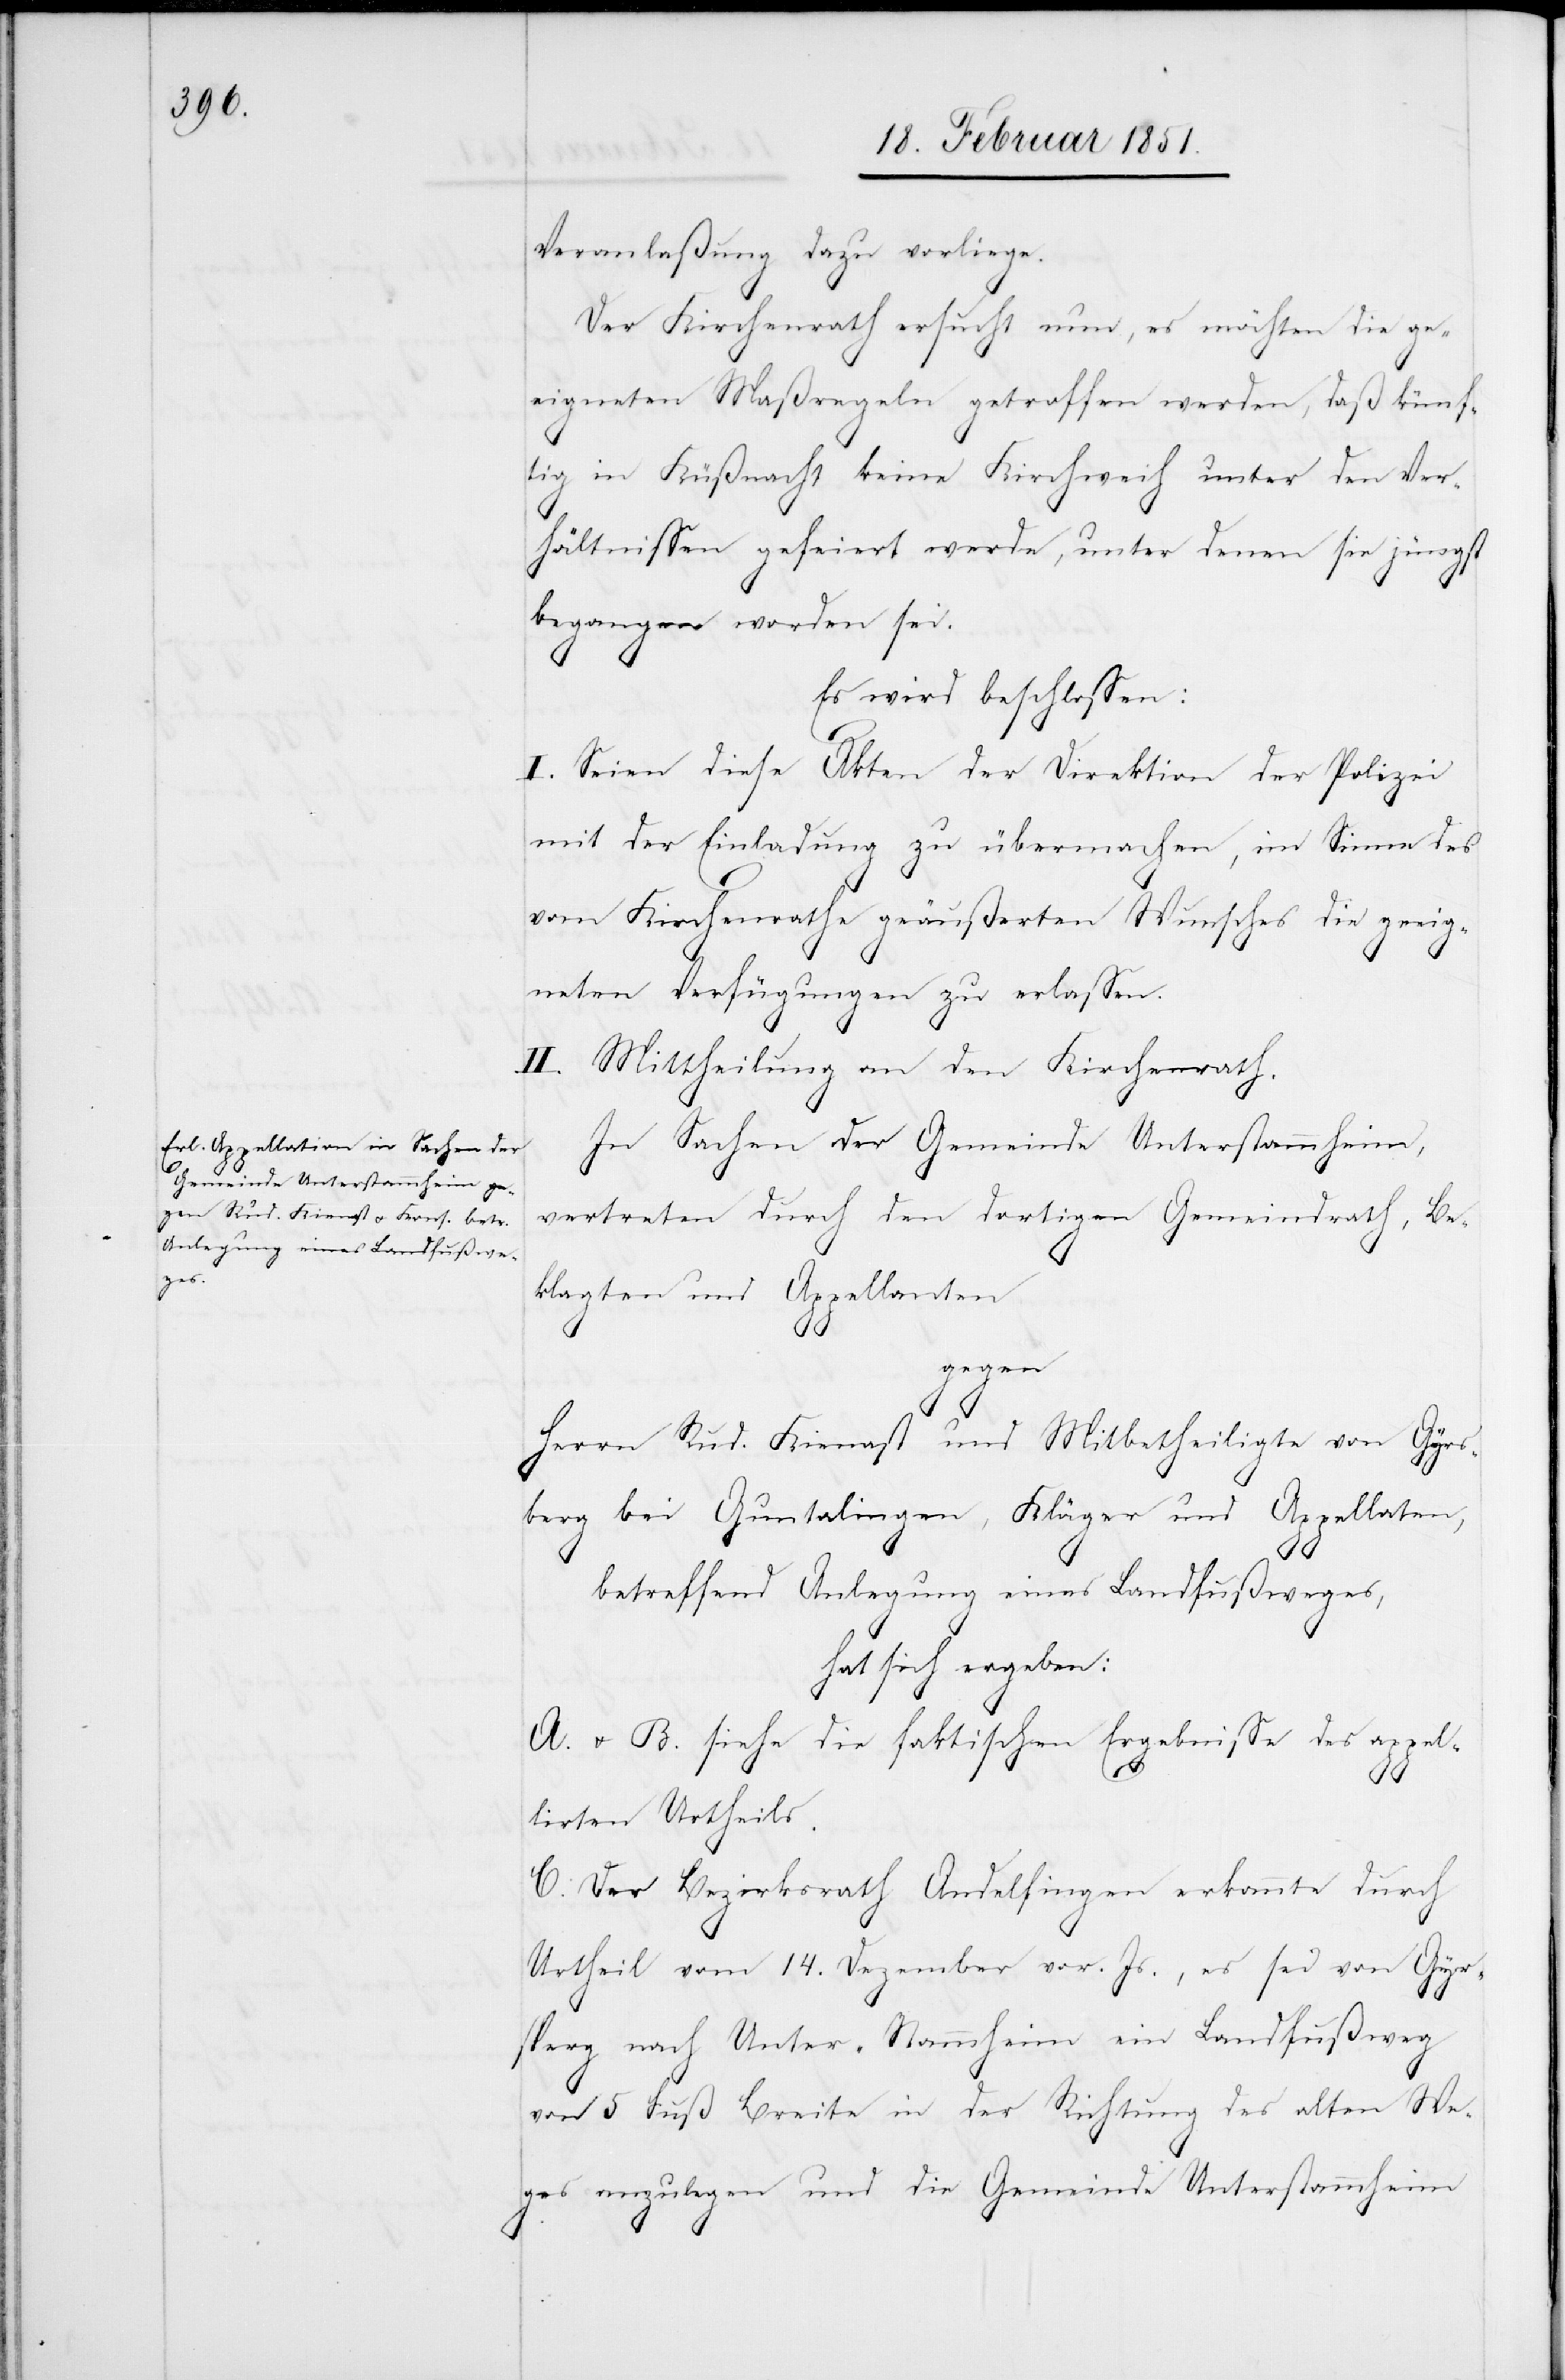
Veranlaßung dazu vorliege.
Der Kirchenrath ersucht nun, es möchten die ge¬
eigneten Maßregeln getroffen werden, daß künf¬
tig in Küßnacht keine Kirchweih unter den Ver¬
hältnissen gefeiert werde, unter denen sie jüngst
begangen worden sei.
Es wird beschlossen:
I. Seien diese Akten der Direktion der Polizei
mit der Einladung zu übermachen, im Sinne des
vom Kirchenrathe geäußerten Wunsches die geeig¬
neten Verfügungen zu erlassen.
II. Mittheilung an den Kirchenrath.
In Sachen der Gemeinde Unterstammheim,
vertreten durch den dortigen Gemeindrath, Be¬
klagten und Appellanten
gegen
Herrn Rud. Kienast und Mitbetheiligte von Gyrs¬
berg bei Guntalingen, Kläger und Appellaten,
betreffend Anlegung eines Landfußweges,
hat sich ergeben:
A. u. B. siehe die faktischen Ergebnisse des appel¬
lirten Urtheils.
C. Der Bezirksrath Andelfingen erkannte durch
Urtheil vom 14. Dezember vor. Js., es sei von Gyr¬
sperg nach Unter-Stammheim ein Landfußweg
von 5 Fuß Breite in der Richtung des alten We¬
ges anzulegen und die Gemeinde Unterstammheim